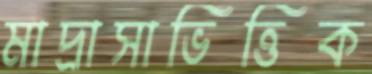
মাদ্রাসাভিত্তিক